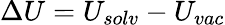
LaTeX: \Delta U=U_{solv}-U_{vac}